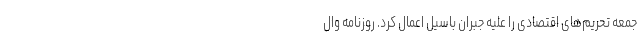
جمعه تحریم‌های اقتصادی را علیه جبران باسیل اعمال کرد. روزنامه وال